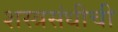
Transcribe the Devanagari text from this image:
शस्त्रसंधीची